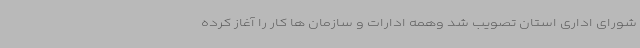
شورای اداری استان تصویب شد وهمه ادارات و سازمان ها کار را آغاز کرده